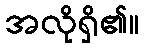
အလိုရှိ၏။